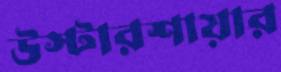
উস্টারশায়ার